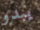
يبدو